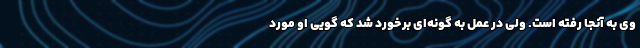
وی به آنجا رفته است. ولی در عمل به گونه‌ای برخورد شد که گویی او مورد